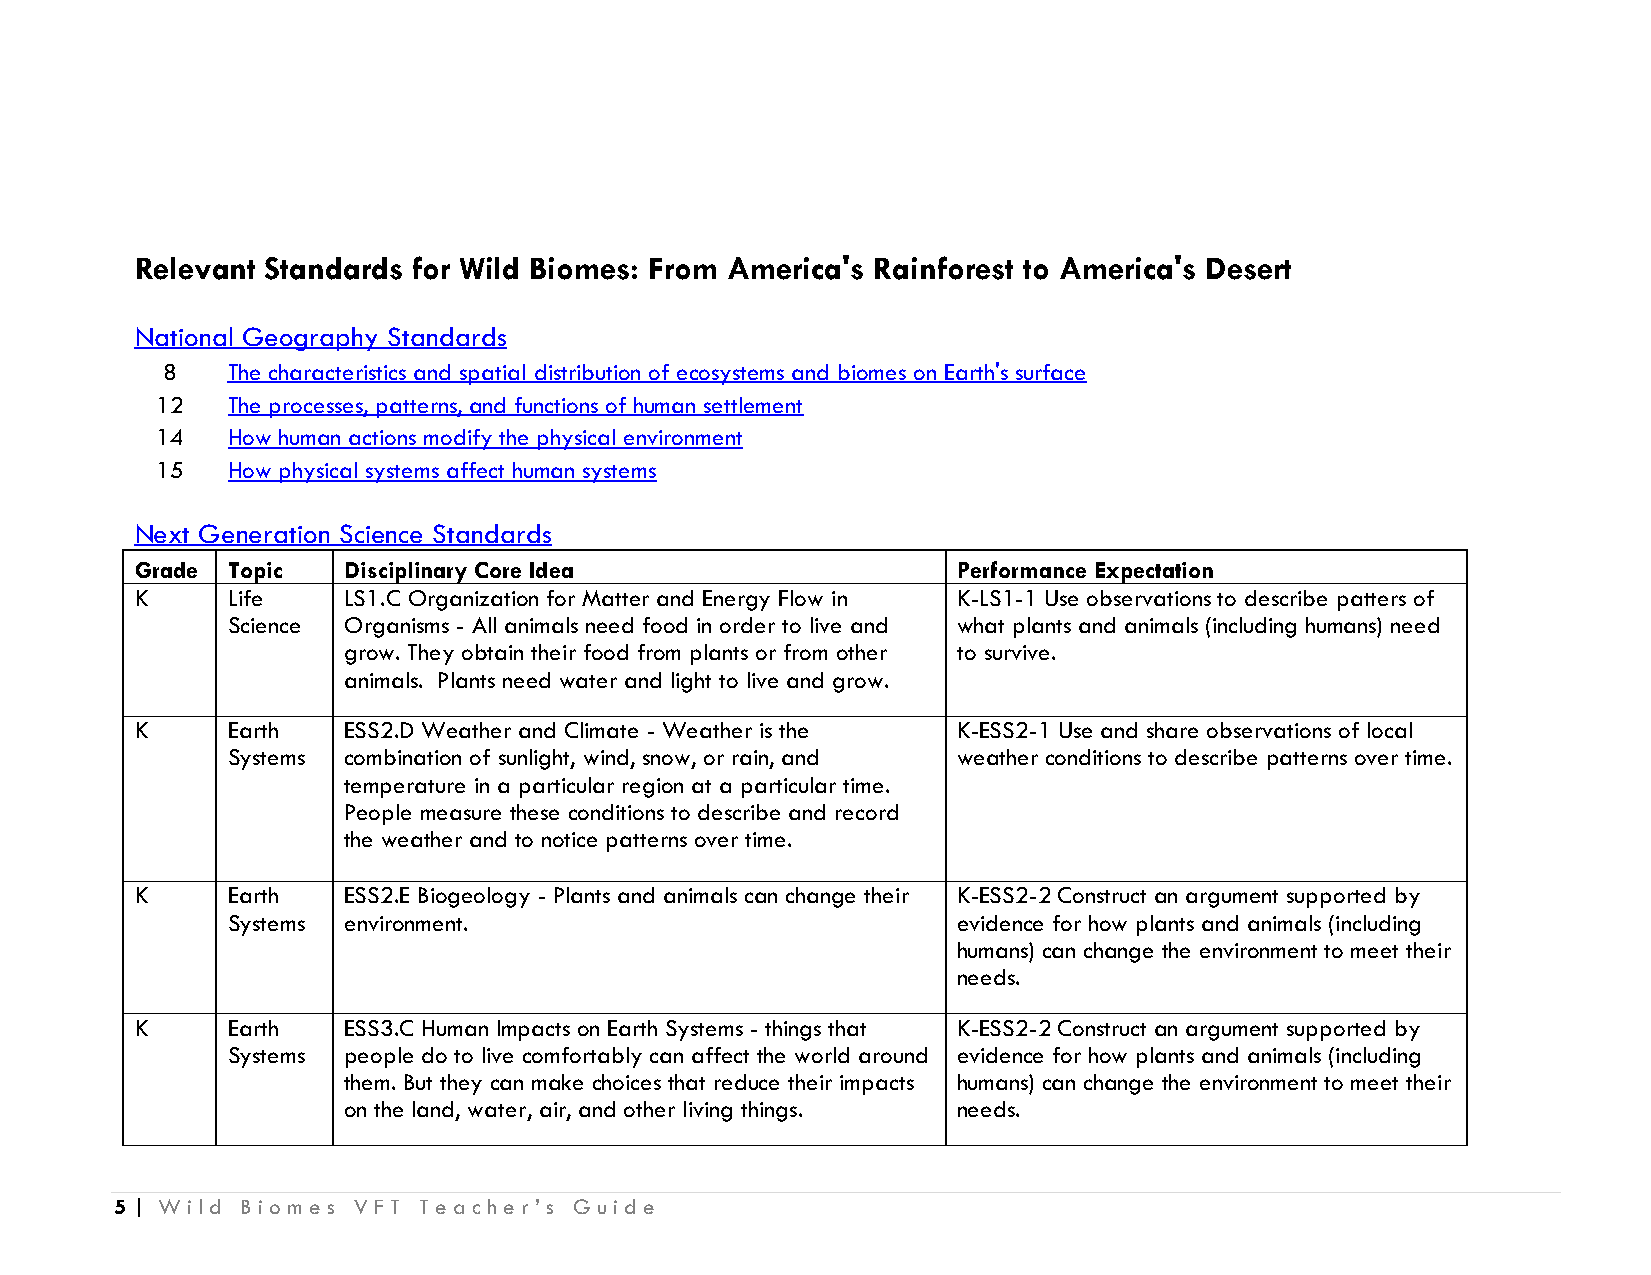
Relevant Standards for Wild Biomes: From America's Rainforest to America's Desert
 National Geography Standards
 8   The characteristics and spatial distribution of ecosystems and biomes on Earth's surface
 12   The processes, patterns, and functions of human settlement
 14   How human actions modify the physical environment
 15   How physical systems affect human systems
 Next Generation Science Standards
 Grade Topic   Disciplinary Core Idea                  Performance Expectation
 K     Life    LS1.C Organization for Matter and Energy Flow in K-LS1-1 Use observations to describe patters of
 Science Organisms - All animals need food in order to live and what plants and animals (including humans) need
 grow. They obtain their food from plants or from other to survive.
 animals. Plants need water and light to live and grow.
 K     Earth   ESS2.D Weather and Climate - Weather is the K-ESS2-1 Use and share observations of local
 Systems combination of sunlight, wind, snow, or rain, and weather conditions to describe patterns over time.
 temperature in a particular region at a particular time.
 People measure these conditions to describe and record
 the weather and to notice patterns over time.
 K     Earth   ESS2.E Biogeology - Plants and animals can change their K-ESS2-2 Construct an argument supported by
 Systems environment.                            evidence for how plants and animals (including
 humans) can change the environment to meet their
 needs.
 K     Earth   ESS3.C Human Impacts on Earth Systems - things that K-ESS2-2 Construct an argument supported by
 Systems people do to live comfortably can affect the world around evidence for how plants and animals (including
 them. But they can make choices that reduce their impacts humans) can change the environment to meet their
 on the land, water, air, and other living things. needs.
 5 | Wild Biomes VFT Teacher’s Guide